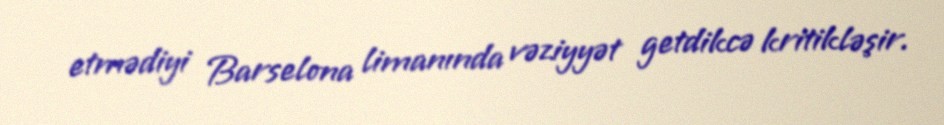
etmədiyi Barselona limanında vəziyyət getdikcə kritikləşir.